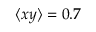
\langle x y \rangle = 0 . 7